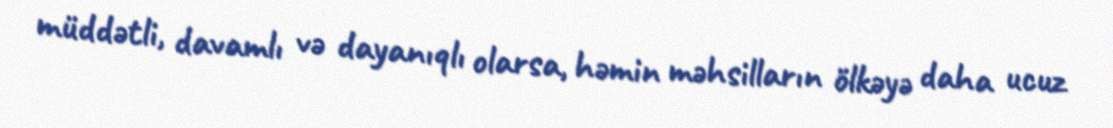
müddətli, davamlı və dayanıqlı olarsa, həmin məhsilların ölkəyə daha ucuz